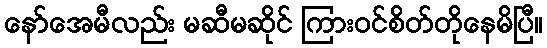
နော်အေမီလည်း မဆီမဆိုင် ကြားဝင်စိတ်တိုနေမိပြီ။